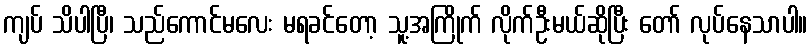
ကျပ် သိပါပြီ၊ သည်ကောင်မလေး မရခင်တော့ သူ့အကြိုက် လိုက်ဦးမယ်ဆိုပြီး တော် လုပ်နေသာပါ။